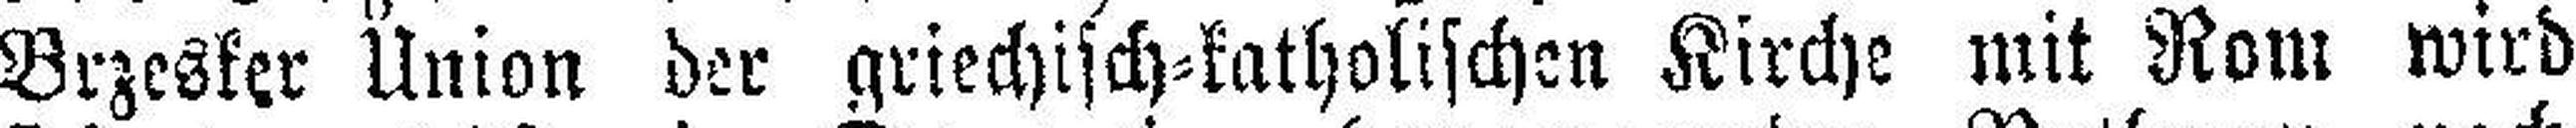
Brzesker Union der griechisch=katholischen Kirche mit Rom wird